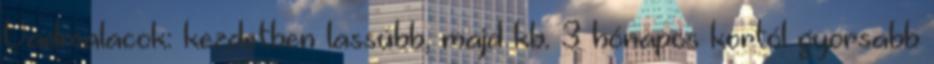
Vadmalacok: kezdetben lassúbb, majd kb. 3 hónapos kortól gyorsabb